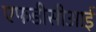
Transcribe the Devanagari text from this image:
एफडीसीआई